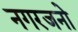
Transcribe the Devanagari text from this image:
नगरजनो